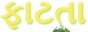
ફાટતા